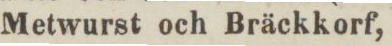
Metwurst och Bräckkorf,